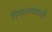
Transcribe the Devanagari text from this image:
विचारल्यावरही